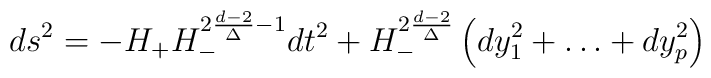
ds^2=-H_+ H_-^{2{d-2\over \Delta}-1}dt^2+H_-^{2{d-2\over \Delta}}\left(dy^2_1+\dots+dy^2_p\right) \qquad\qquad\qquad\qquad